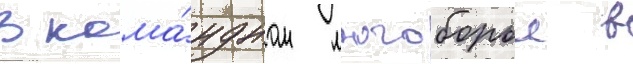
В кома́ндном многоборье в